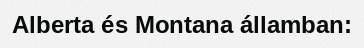
Alberta és Montana államban: